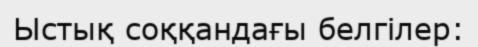
Ыстық соққандағы белгілер: